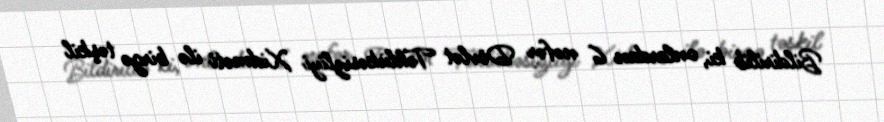
Bildirilib ki, onlardan 6 nəfər Dövlət Təhlükəsizliyi Xidməti ilə birgə təşkil